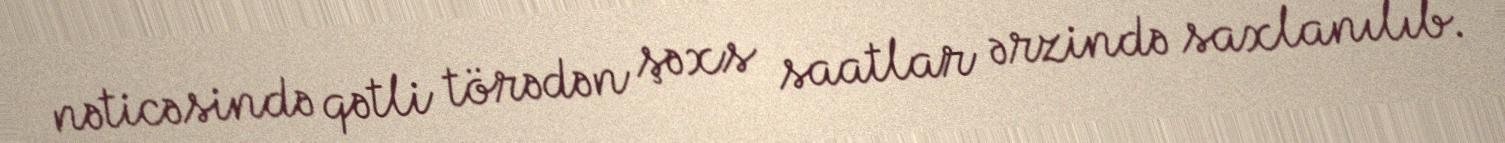
nəticəsində qətli törədən şəxs saatlar ərzində saxlanılıb.